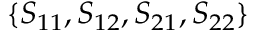
\{ S _ { 1 1 } , S _ { 1 2 } , S _ { 2 1 } , S _ { 2 2 } \}